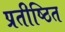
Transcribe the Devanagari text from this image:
प्रतीष्ठित